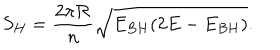
LaTeX: S _ { H } = \frac { 2 \pi { \cal R } } { n } \sqrt { E _ { B H } ( 2 E - E _ { B H } ) } .